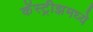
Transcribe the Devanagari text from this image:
कॅस्ट्रीझमध्ये